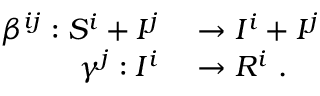
\begin{array} { r l } { \beta ^ { i j } : S ^ { i } + I ^ { j } } & { { } \to I ^ { i } + I ^ { j } } \\ { \gamma ^ { j } : I ^ { i } } & { { } \to R ^ { i } ~ . } \end{array}